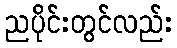
ညပိုင်းတွင်လည်း